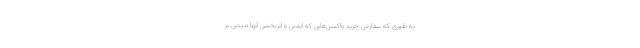
به طوری که سفارش خرید واکسن‌هایی که ایمنی و اثربخشی آنها مبتنی بر